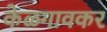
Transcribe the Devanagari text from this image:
केळगावकर